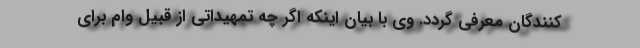
کنندگان معرفی گردد. وی با بیان اینکه اگر چه تمهیداتی از قبیل وام برای